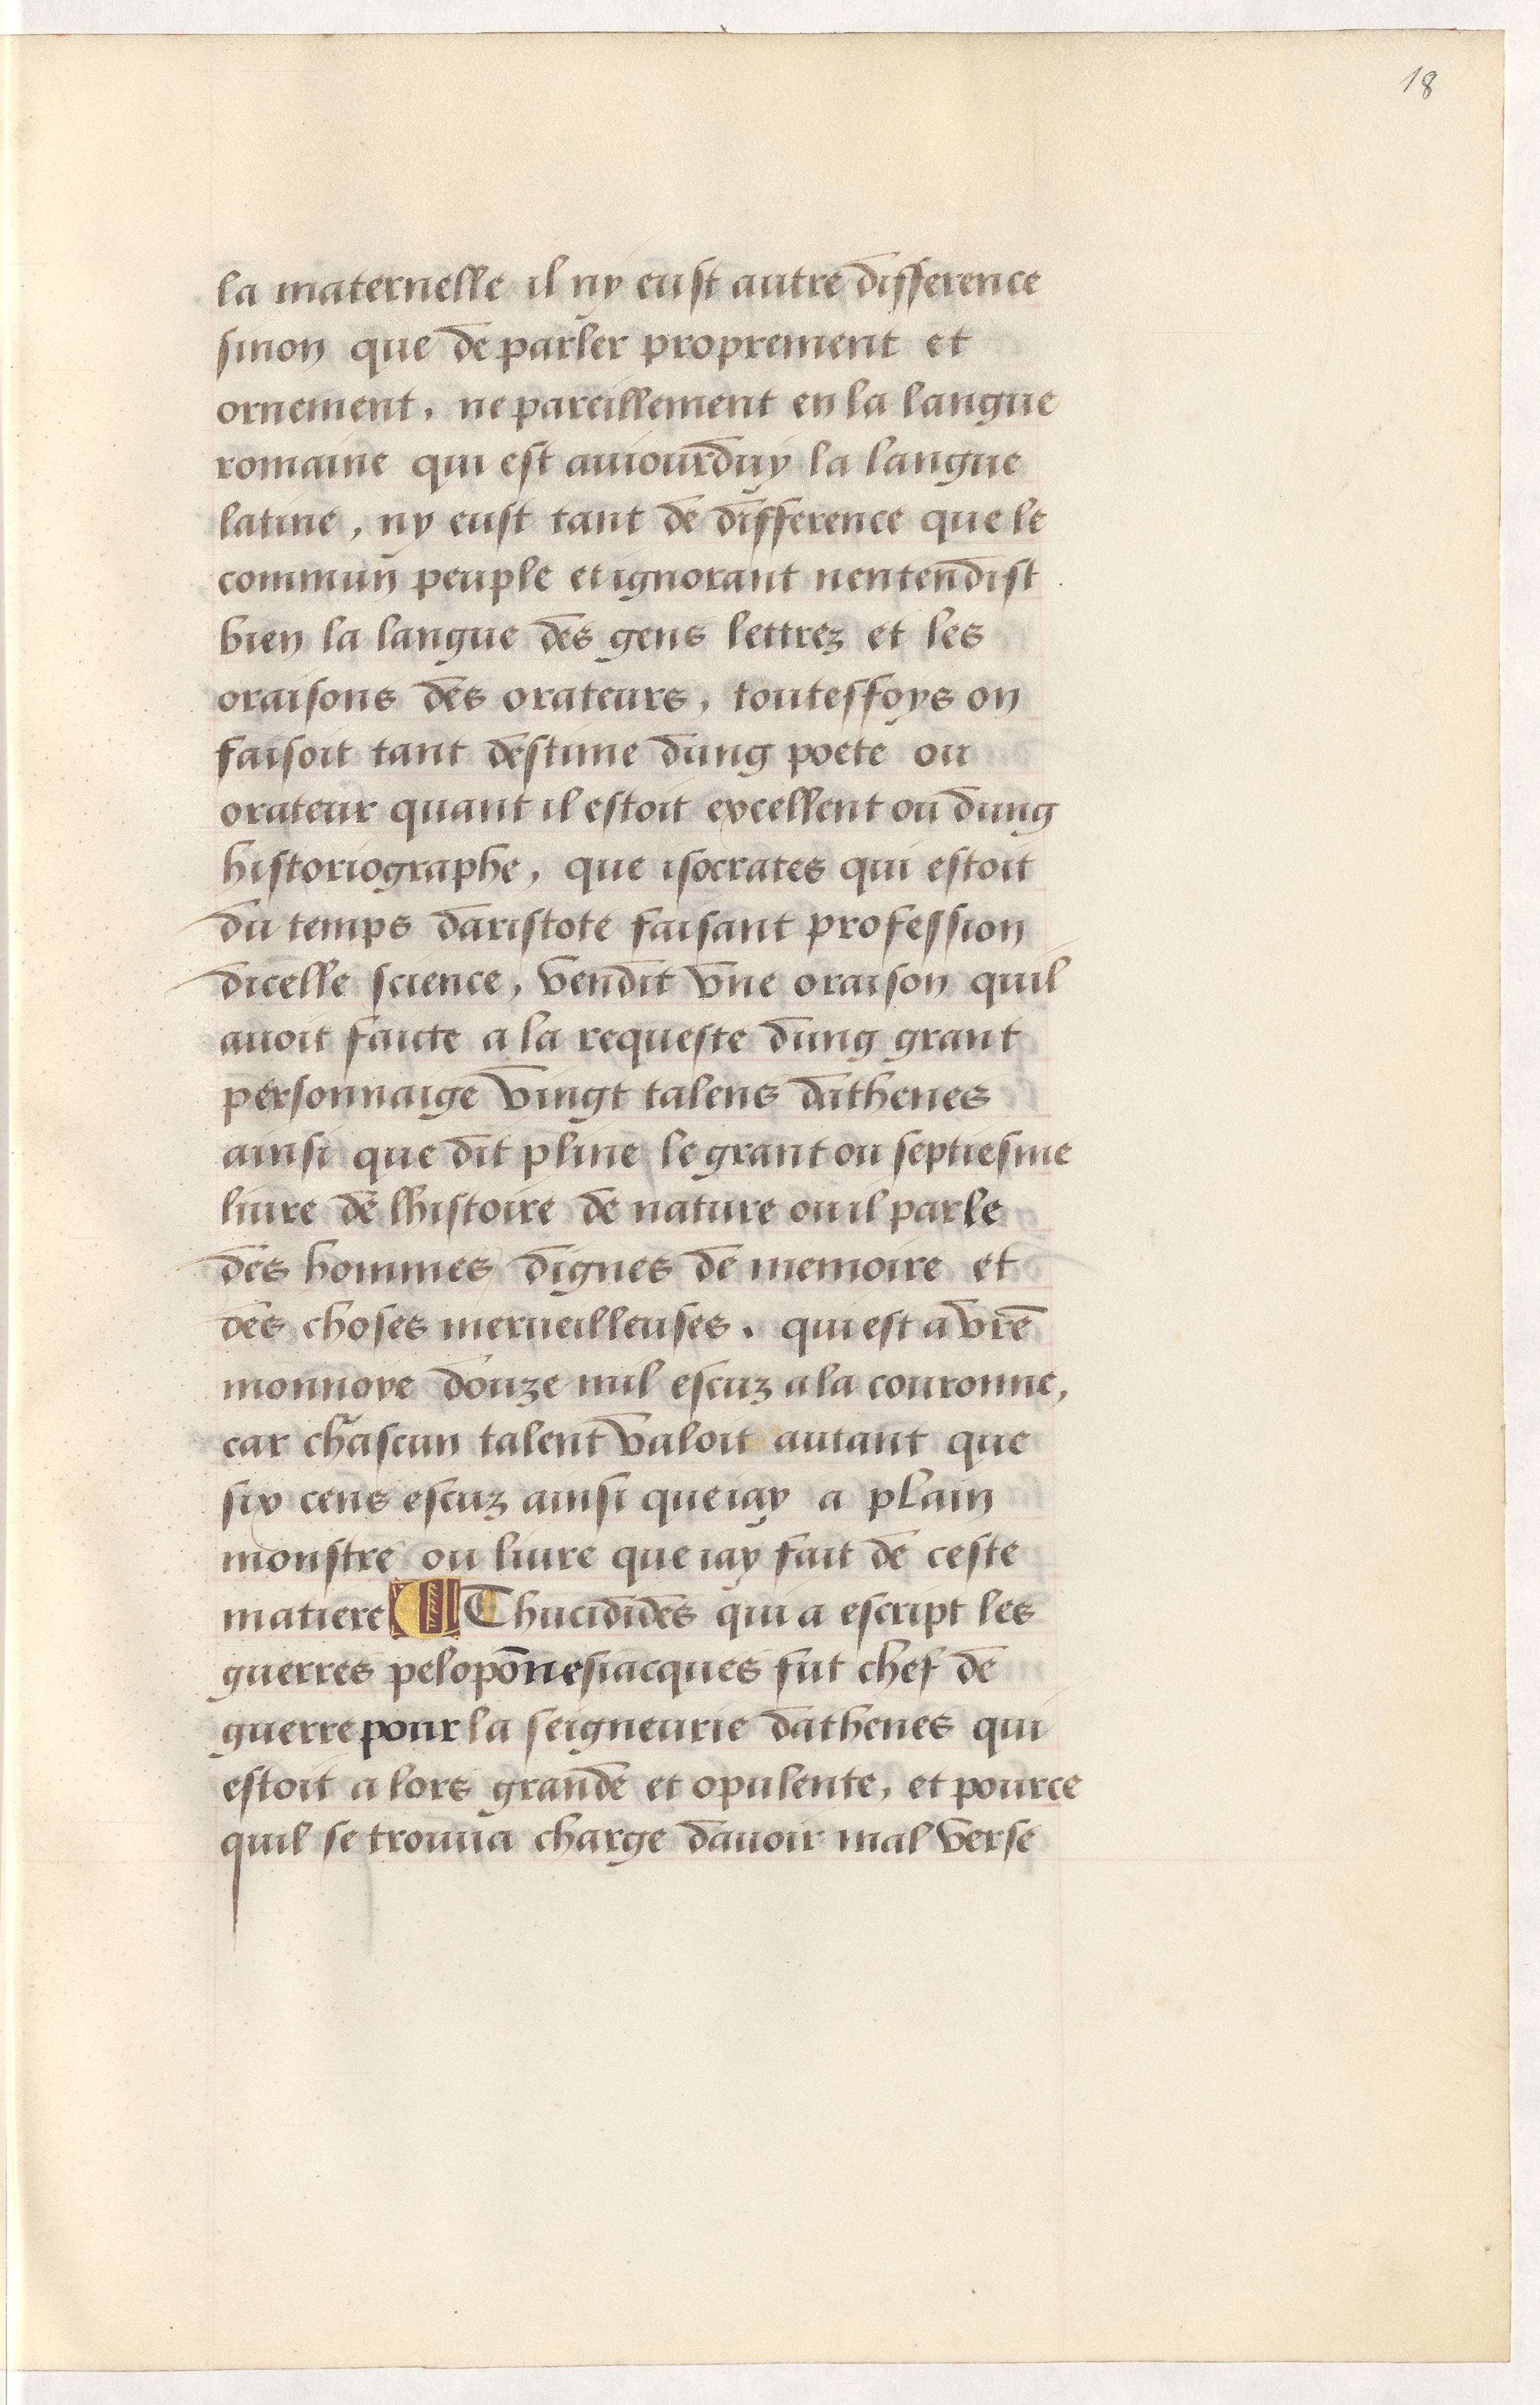
Shelfmark: Paris, BnF, Arsenal, 5103
Century: 15